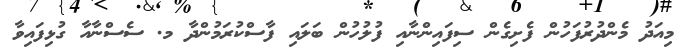
މިއަދު މެންދުރުފަހުން ފެށިގެން ސިފައިންނާއި ފުލުހުން ބަލައި ފާސްކުރަމުންދާ މ. ސެސްނާއާ ގުޅިފައިވާ